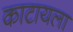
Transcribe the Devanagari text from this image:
काटायला